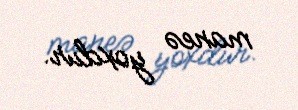
maneə yoxdur.